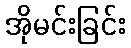
အိုမင်းခြင်း